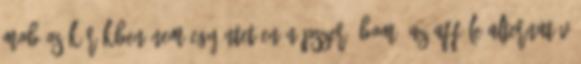
MOB-os körökben nem egyöntetűen népszerű BOM, az afféle alternatív